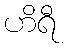
ဟိရီ